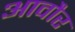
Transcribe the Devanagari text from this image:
आवौर